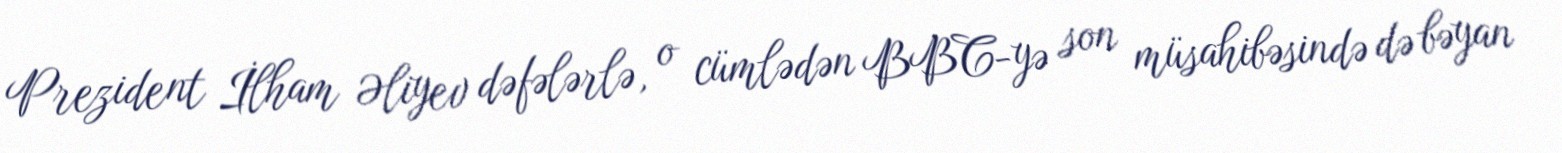
Prezident İlham Əliyev dəfələrlə, o cümlədən BBC-yə son müsahibəsində də bəyan